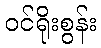
ဝင်ရိုးစွန်း